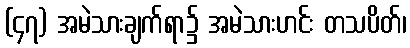
(၄၇) အမဲသားချက်ရာ၌ အမဲသားဟင်း တသပိတ်၊